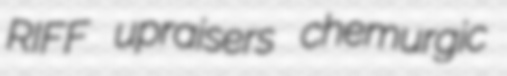
RIFF upraisers chemurgic